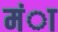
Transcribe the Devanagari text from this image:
मंा